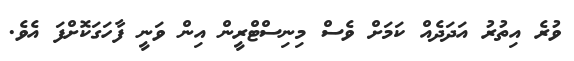
ވުރެ އިތުރު އަދަދެއް ކަމަށް ވެސް މިނިސްޓްރީން އިން ވަނީ ފާހަގަކޮށްފަ އެވެ.